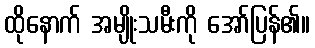
ထိုနောက် အမျိုးသမီးကို အော်ပြန်၏။